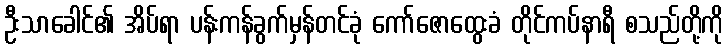
ဦးသာခေါင်၏ အိပ်ရာ ပန်းကန်ခွက်မှန်တင်ခုံ ကော်ဇောထွေးခံ တိုင်ကပ်နာရီ စသည်တို့ကို